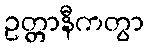
ဥတ္တာနီကတွာ